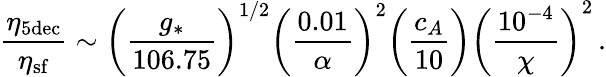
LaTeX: \frac{\eta_{5\mathrm{dec}}}{\eta_{\mathrm{sf}}}\sim\bigg(\frac{g_{\ast}}{106.75}\bigg)^{1/2}\left(\frac{0.01}{\alpha}\right)^{2}\bigg(\frac{c_{A}}{10}\bigg)\left(\frac{10^{-4}}{\chi}\right)^{2}\, .